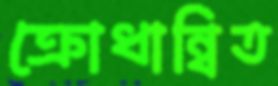
ক্রোধান্বিত